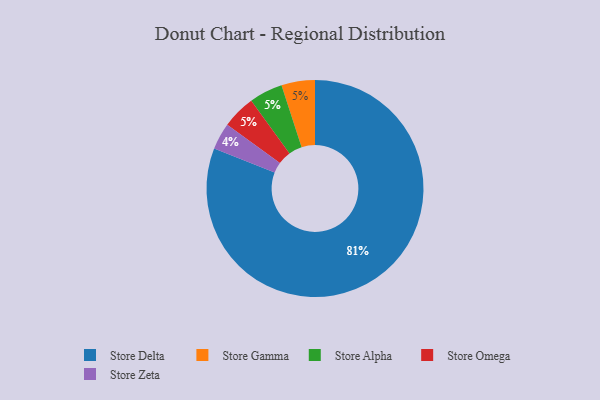
{"axis": {"x": "Category", "y": "Percentage"}, "legend": ["Store Alpha", "Store Delta", "Store Gamma", "Store Omega", "Store Zeta"], "data": [{"x": "Store Zeta", "y": 4, "type": "Store Zeta"}, {"x": "Store Gamma", "y": 5, "type": "Store Gamma"}, {"x": "Store Alpha", "y": 5, "type": "Store Alpha"}, {"x": "Store Omega", "y": 5, "type": "Store Omega"}, {"x": "Store Delta", "y": 81, "type": "Store Delta"}]}